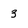
Character: 3